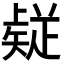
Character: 𭼅